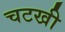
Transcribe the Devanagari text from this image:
चटखी